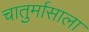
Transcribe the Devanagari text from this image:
चातुर्मासाला